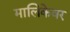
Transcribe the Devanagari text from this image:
मालिकेवर